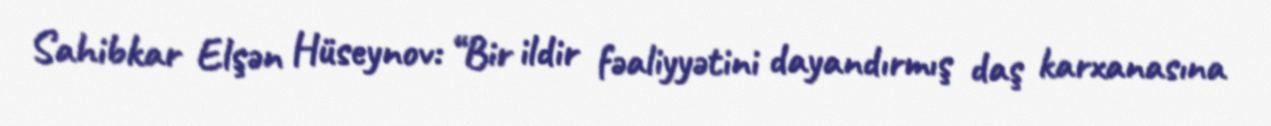
Sahibkar Elşən Hüseynov: “Bir ildir fəaliyyətini dayandırmış daş karxanasına